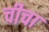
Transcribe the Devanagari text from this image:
चीचा